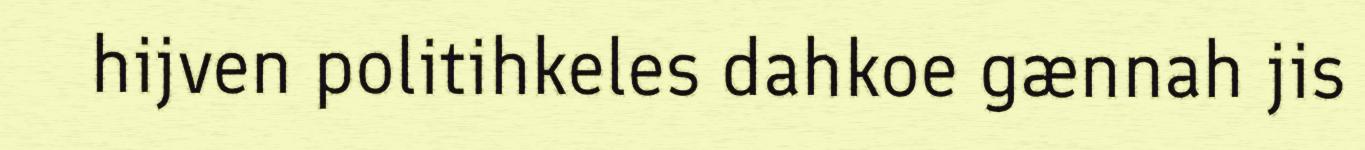
hijven politihkeles dahkoe gænnah jis